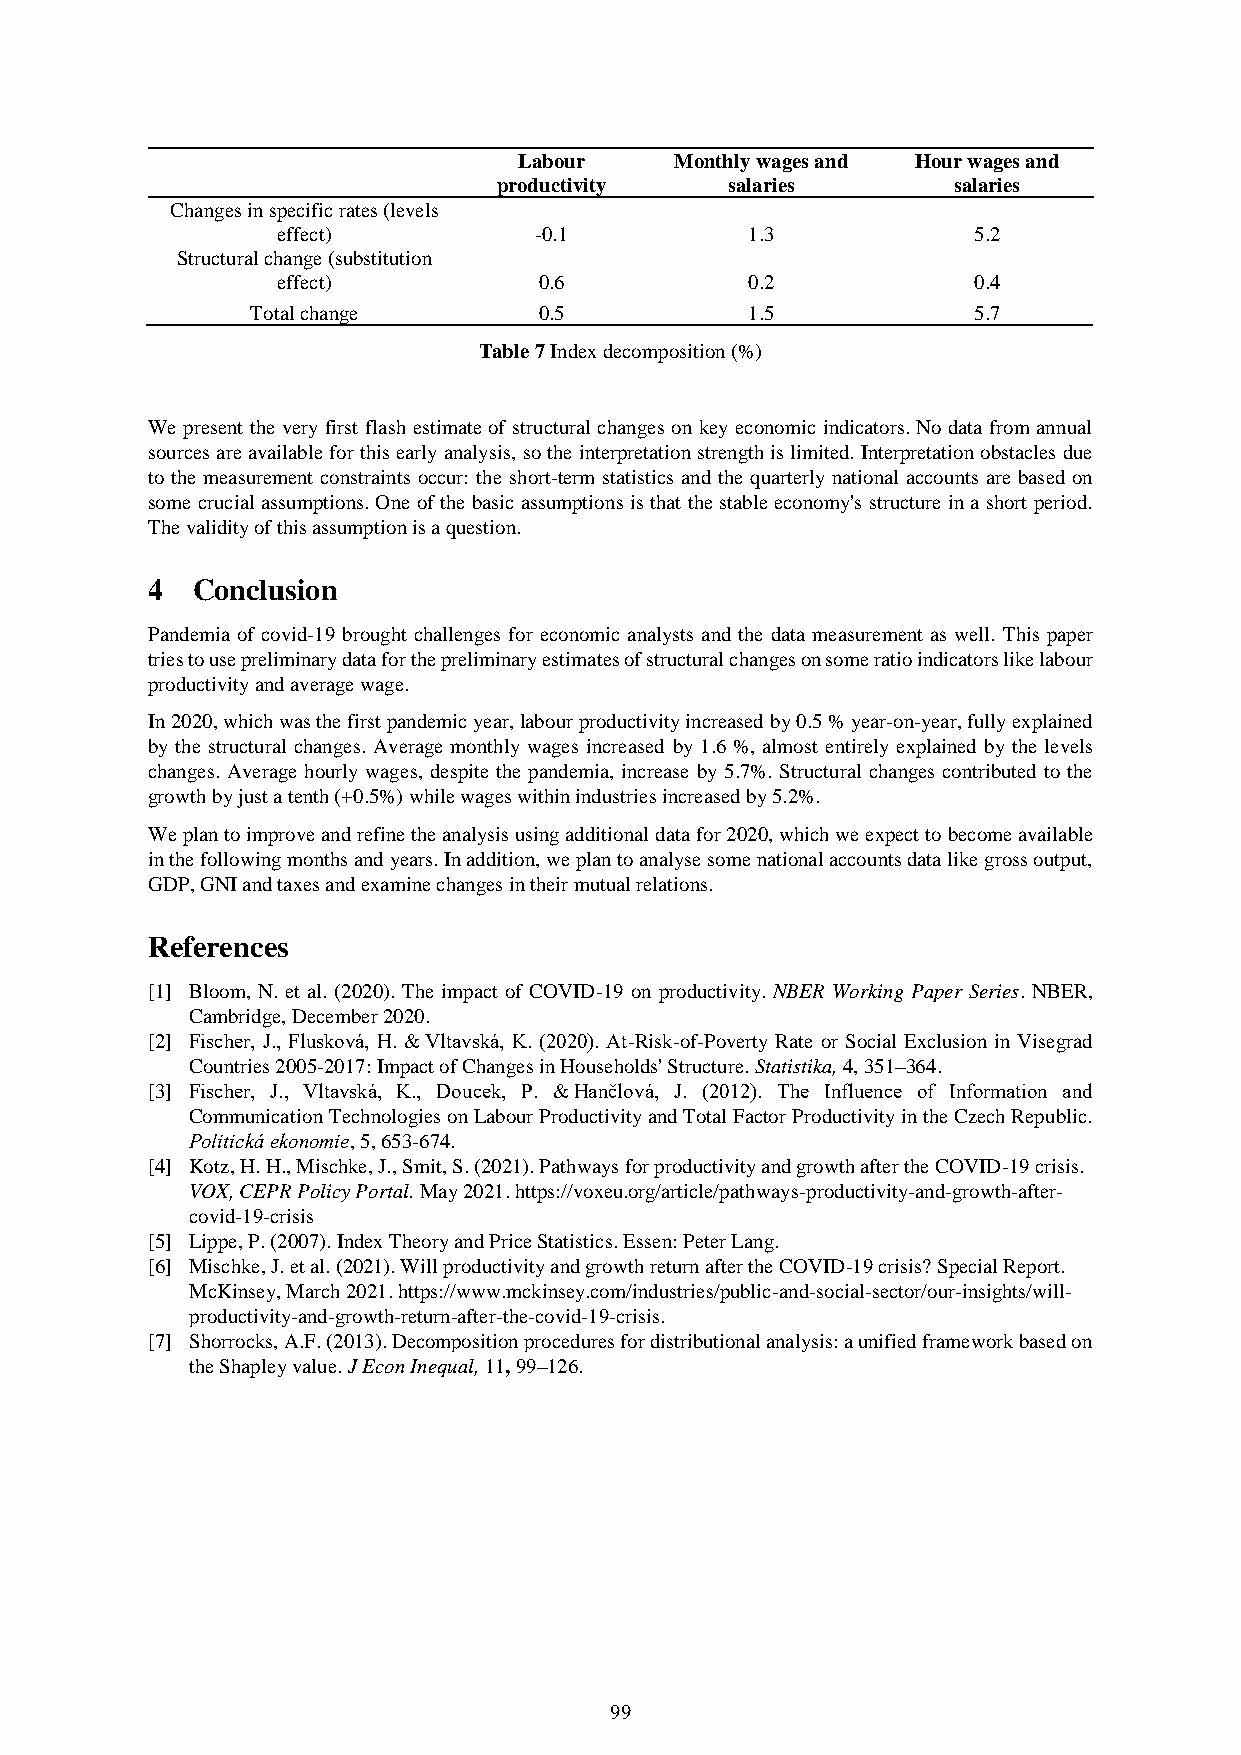
Labour     Monthly wages and Hour wages and
 productivity   salaries       salaries
 Changes in specific rates (levels
 effect)          -0.1           1.3           5.2
 Structural change (substitution
 effect)           0.6           0.2           0.4
 Total change       0.5           1.5           5.7
 Table 7 Index decomposition (%)
 We present the very first flash estimate of structural changes on key economic indicators. No data from annual
 sources are available for this early analysis, so the interpretation strength is limited. Interpretation obstacles due
 to the measurement constraints occur: the short-term statistics and the quarterly national accounts are based on
 some crucial assumptions. One of the basic assumptions is that the stable economy's structure in a short period.
 The validity of this assumption is a question.
 4  Conclusion
 Pandemia of covid-19 brought challenges for economic analysts and the data measurement as well. This paper
 tries to use preliminary data for the preliminary estimates of structural changes on some ratio indicators like labour
 productivity and average wage.
 In 2020, which was the first pandemic year, labour productivity increased by 0.5 % year-on-year, fully explained
 by the structural changes. Average monthly wages increased by 1.6 %, almost entirely explained by the levels
 changes. Average hourly wages, despite the pandemia, increase by 5.7%. Structural changes contributed to the
 growth by just a tenth (+0.5%) while wages within industries increased by 5.2%.
 We plan to improve and refine the analysis using additional data for 2020, which we expect to become available
 in the following months and years. In addition, we plan to analyse some national accounts data like gross output,
 GDP, GNI and taxes and examine changes in their mutual relations.
 References
 [1] Bloom, N. et al. (2020). The impact of COVID-19 on productivity. NBER Working Paper Series. NBER,
 Cambridge, December 2020.
 [2] Fischer, J., Flusková, H. & Vltavská, K. (2020). At-Risk-of-Poverty Rate or Social Exclusion in Visegrad
 Countries 2005-2017: Impact of Changes in Households' Structure. Statistika, 4, 351–364.
 [3] Fischer, J., Vltavská, K., Doucek, P. & Hančlová, J. (2012). The Influence of Information and
 Communication Technologies on Labour Productivity and Total Factor Productivity in the Czech Republic.
 Politická ekonomie, 5, 653-674.
 [4] Kotz, H. H., Mischke, J., Smit, S. (2021). Pathways for productivity and growth after the COVID-19 crisis.
 VOX, CEPR Policy Portal. May 2021. https://voxeu.org/article/pathways-productivity-and-growth-after-
 covid-19-crisis
 [5] Lippe, P. (2007). Index Theory and Price Statistics. Essen: Peter Lang.
 [6] Mischke, J. et al. (2021). Will productivity and growth return after the COVID-19 crisis? Special Report.
 McKinsey, March 2021. https://www.mckinsey.com/industries/public-and-social-sector/our-insights/will-
 productivity-and-growth-return-after-the-covid-19-crisis.
 [7] Shorrocks, A.F. (2013). Decomposition procedures for distributional analysis: a unified framework based on
 the Shapley value. J Econ Inequal, 11, 99–126.
 99